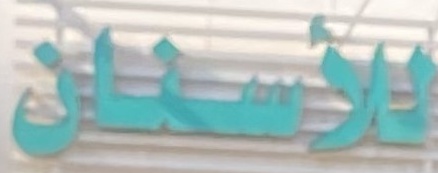
للأسنان